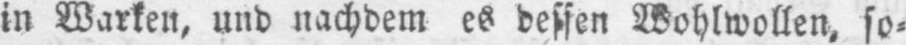
in Warken, und nachdem es dessen Wohlwollen, so⸗